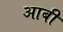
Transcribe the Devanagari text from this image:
आबी